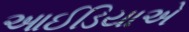
આઈડિયાએ